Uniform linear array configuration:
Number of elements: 32
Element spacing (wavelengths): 0.5
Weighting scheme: hamming
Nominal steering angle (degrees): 45
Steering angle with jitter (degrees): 46.431
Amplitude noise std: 0.05
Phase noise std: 0.05

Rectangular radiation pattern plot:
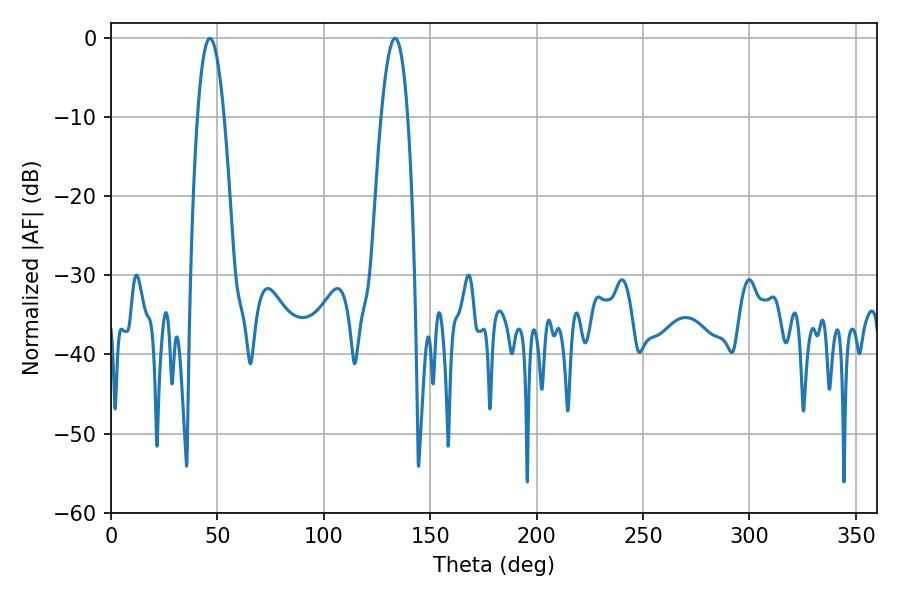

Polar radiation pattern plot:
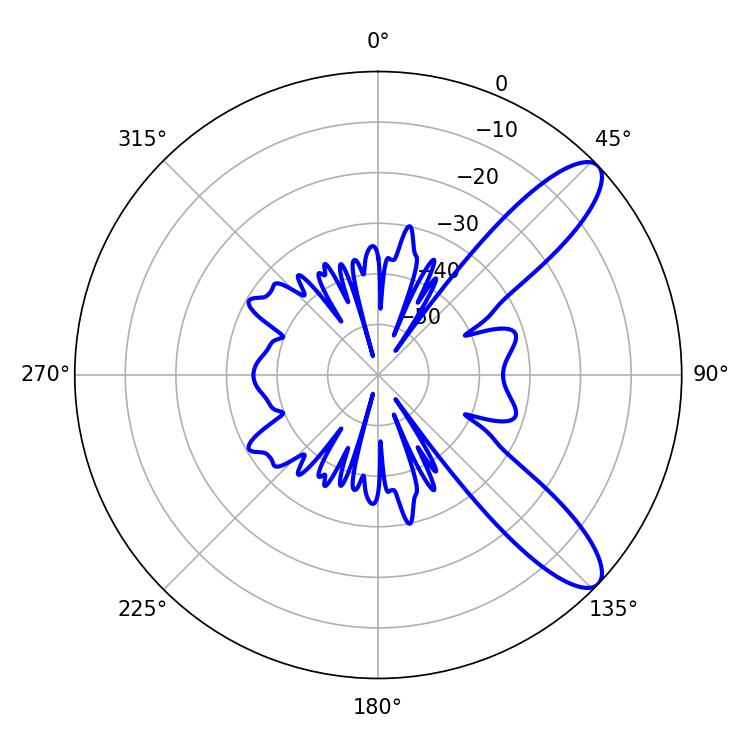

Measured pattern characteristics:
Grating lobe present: FALSE
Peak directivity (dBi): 10.269
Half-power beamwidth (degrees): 6.84
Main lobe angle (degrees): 46.44